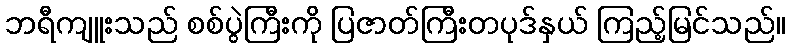
ဘရီကျူးသည် စစ်ပွဲကြီးကို ပြဇာတ်ကြီးတပုဒ်နှယ် ကြည့်မြင်သည်။